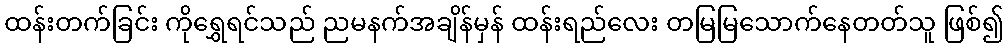
ထန်းတက်ခြင်း ကိုရွှေရင်သည် ညမနက်အချိန်မှန် ထန်းရည်လေး တမြမြသောက်နေတတ်သူ ဖြစ်၍